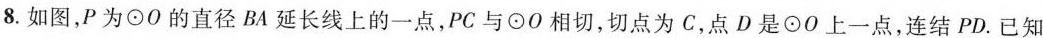
8.如图，P为⊙O的直径BA延长线上的一点，PC与⊙O相切，切点为C，点D是⊙O上一点，连结PD。已知